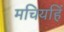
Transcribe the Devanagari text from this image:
मचियहिं